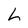
Character: L